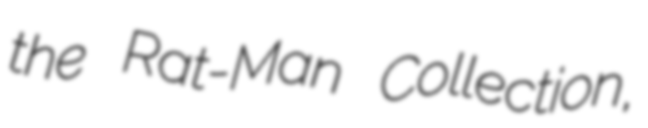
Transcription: the Rat-Man Collection,